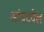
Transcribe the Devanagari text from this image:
आंबटवेल